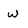
Character: w